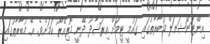
އިންޓަނޭޝަނަލް މުބާރާތުގައި ގައުމީ ޓީމަށް އިރުޝާދު ދޭނީ މޮރިއޭރޯ ކަމަށެވެ. އެ މުބާރާތުގައި